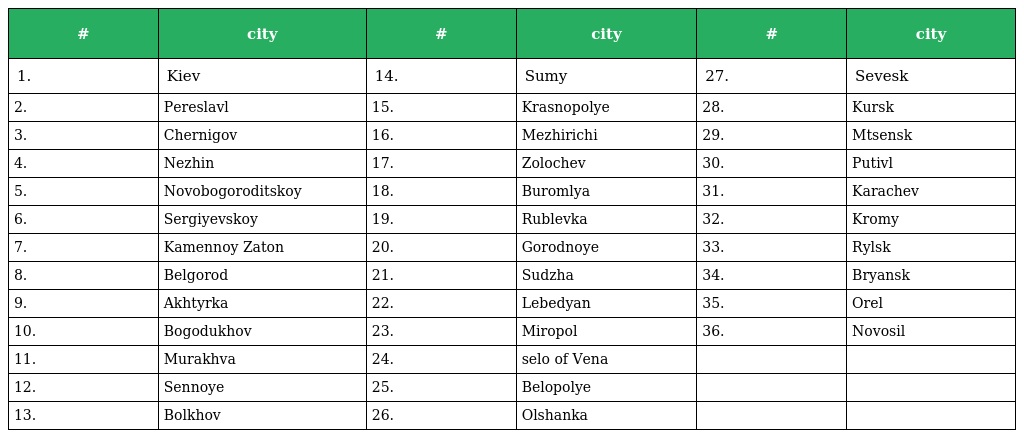
| # | city | # | city | # | city |
 | --- | --- | --- | --- | --- | --- |
 | 1. | Kiev | 14. | Sumy | 27. | Sevesk |
 | 2. | Pereslavl | 15. | Krasnopolye | 28. | Kursk |
 | 3. | Chernigov | 16. | Mezhirichi | 29. | Mtsensk |
 | 4. | Nezhin | 17. | Zolochev | 30. | Putivl |
 | 5. | Novobogoroditskoy | 18. | Buromlya | 31. | Karachev |
 | 6. | Sergiyevskoy | 19. | Rublevka | 32. | Kromy |
 | 7. | Kamennoy Zaton | 20. | Gorodnoye | 33. | Rylsk |
 | 8. | Belgorod | 21. | Sudzha | 34. | Bryansk |
 | 9. | Akhtyrka | 22. | Lebedyan | 35. | Orel |
 | 10. | Bogodukhov | 23. | Miropol | 36. | Novosil |
 | 11. | Murakhva | 24. | selo of Vena |  |  |
 | 12. | Sennoye | 25. | Belopolye |  |  |
 | 13. | Bolkhov | 26. | Olshanka |  |  |